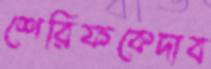
শেরিফকেদাব